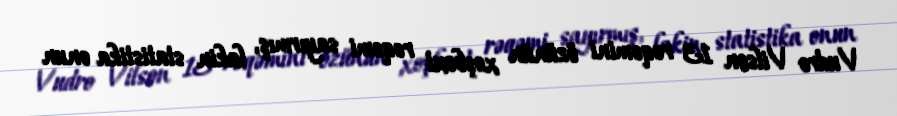
Vudro Vilson 13 rəqəmini özünün xoşbəxt rəqəmi sayırmış, lakin statistika onun